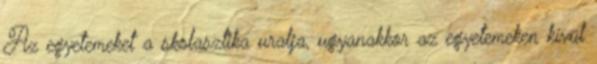
Az egyetemeket a skolasztika uralja, ugyanakkor az egyetemeken kívül